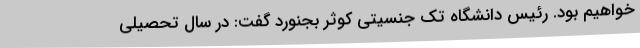
خواهیم بود. رئیس دانشگاه تک جنسیتی کوثر بجنورد گفت: در سال تحصیلی